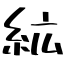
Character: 絋